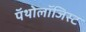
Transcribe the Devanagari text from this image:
पॅथोलॉजिस्ट